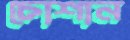
চোশান